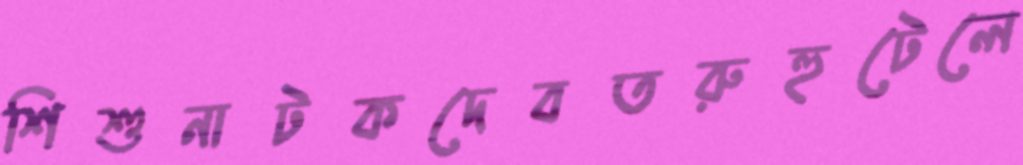
শিশুনাটকদেবতরুহুটেলে